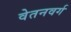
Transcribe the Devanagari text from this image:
वेतनवर्ग